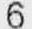
6